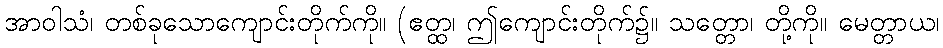
အာဝါသံ၊ တစ်ခုသောကျောင်းတိုက်ကို။ (ဧတ္ထ၊ ဤကျောင်းတိုက်၌။ သတ္တော၊ တို့ကို။ မေတ္တာယ၊